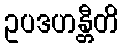
ဥပဒဟန္တီတိ